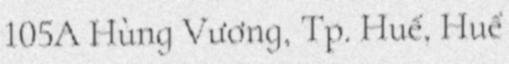
105A Hùng Vương, Tp. Huế, Huế